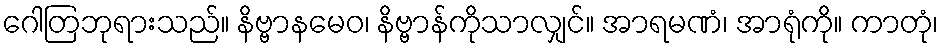
ဂေါတြဘုရားသည်။ နိဗ္ဗာနမေဝ၊ နိဗ္ဗာန်ကိုသာလျှင်။ အာရမဏံ၊ အာရုံကို။ ကာတုံ၊